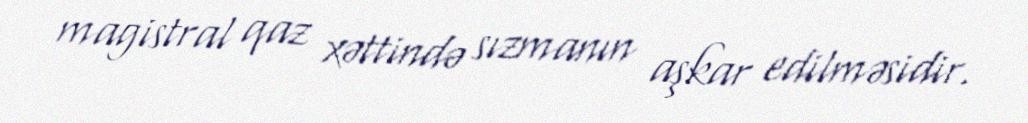
magistral qaz xəttində sızmanın aşkar edilməsidir.